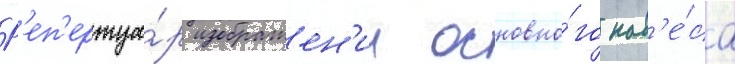
Р'еп'ертуа́р изображен'ии основно́го нав'е́са